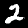
Label: 2